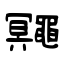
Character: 鼆